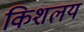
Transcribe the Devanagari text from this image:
किशलय